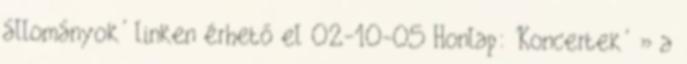
állományok' linken érhető el 02-10-05 Honlap: 'Koncertek' » a